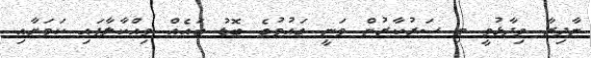
ނާދިރާ ވިދާޅުވީ މި ސަރުކާރުން ވަނީ ގައުމުގެ ބޮޑު ބައެއް ވިއްކާލާފައި ކަމަށާއި